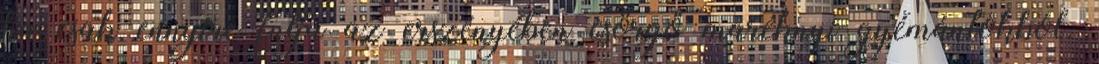
ha csak ennyire futja az erszényében csörgő maréknyi gyémántokból.